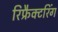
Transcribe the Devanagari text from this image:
रिफ्रैक्टरिंग